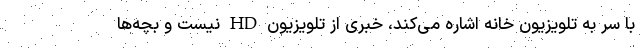
با سر به تلویزیون خانه اشاره می‌کند، خبری از تلویزیون HD نیست و بچه‌ها